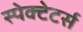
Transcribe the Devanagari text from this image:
स्पेक्टेटर्स